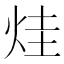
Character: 烓